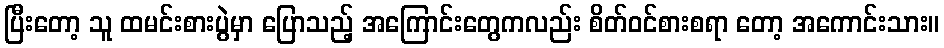
ပြီးတော့ သူ ထမင်းစားပွဲမှာ ပြောသည့် အကြောင်းတွေကလည်း စိတ်ဝင်စားစရာ တော့ အကောင်းသား။